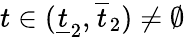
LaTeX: t\in(\underline{{t}}_{2},\overline{{t}}_{2})\not=\emptyset